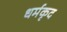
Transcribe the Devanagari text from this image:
धर्मकृद